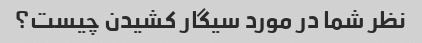
نظر شما در مورد سیگار کشیدن چیست؟